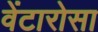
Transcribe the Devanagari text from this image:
वेंटारोसा